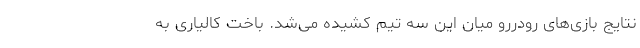
نتایج بازی‌های رودررو میان این سه تیم کشیده می‌شد. باخت کالیاری به